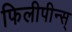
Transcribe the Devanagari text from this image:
फिलीपीन्स्